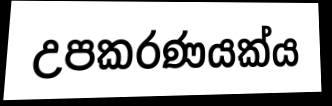
උපකරණයක්ය